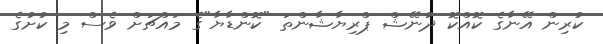
ކުރިން އޭނާގެ ކޮއްކޮ ދުނޭޝް ޕްރިޔާޝާންތަ "ކޮންޑާޔާ"ގެ މައްޗަށް ވެސް މި ކުށުގެ